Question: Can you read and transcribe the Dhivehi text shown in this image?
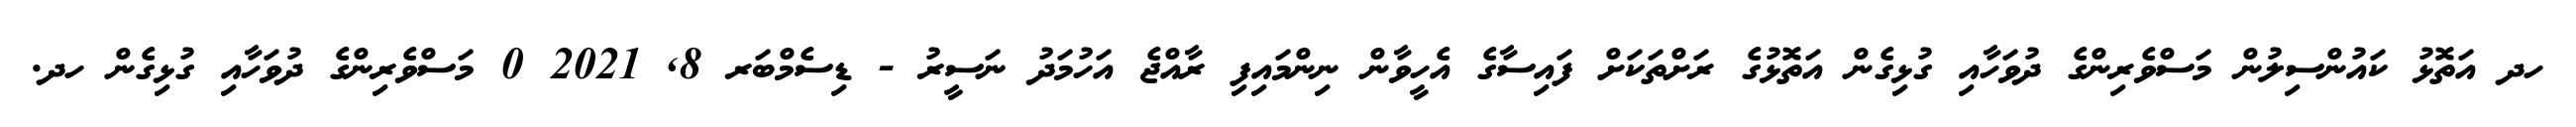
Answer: ހދ އަތޮޅު ކައުންސިލުން މަސްވެރިންގެ ދުވަހާއި ގުޅިގެން އަތޮޅުގެ ރަށްތަކަށް ފައިސާގެ އެހީވާން ނިންމައިފި ރާއްޖެ އަހުމަދު ނަސީރު - ޑިސެމްބަރ 8, 2021 0 މަސްވެރިންގެ ދުވަހާއި ގުޅިގެން ހދ.